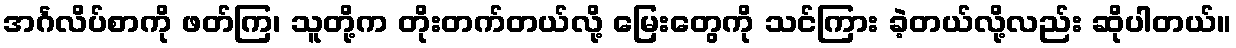
အင်္ဂလိပ်စာကို ဖတ်ကြ၊ သူတို့က တိုးတက်တယ်လို့ မြေးတွေကို သင်ကြား ခဲ့တယ်လို့လည်း ဆိုပါတယ်။